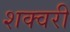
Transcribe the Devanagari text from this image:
शक्वरी